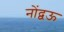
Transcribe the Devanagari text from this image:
नोंद्वऊ